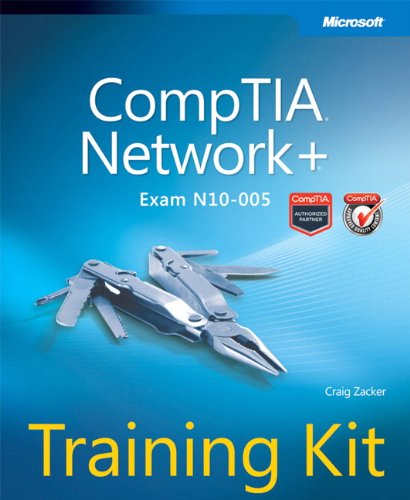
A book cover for CompTIA Network+ Training Kit (Exam N10-005) (Microsoft Press Training Kit); Craig Zacker; Computers & Technology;